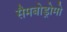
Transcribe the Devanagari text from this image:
सैमबोड्रोमो